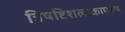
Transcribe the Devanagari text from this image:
त्रिषष्टिशलाकापुरुष